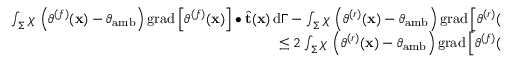
\begin{array} { r } { \int _ { \Sigma } \chi \, \left( \vartheta ^ { ( f ) } ( \mathbf { x } ) - \vartheta _ { \mathrm { a m b } } \right) \mathrm { g r a d } \left[ \vartheta ^ { ( f ) } ( \mathbf { x } ) \right] \bullet \widehat { \mathbf { t } } ( \mathbf { x } ) \, \mathrm { d } \Gamma - \int _ { \Sigma } \chi \, \left( \vartheta ^ { ( r ) } ( \mathbf { x } ) - \vartheta _ { \mathrm { a m b } } \right) \mathrm { g r a d } \left[ \vartheta ^ { ( r ) } ( \mathbf { x } ) \right] \bullet \widehat { \mathbf { t } } ( \mathbf { x } ) \, \mathrm { d } \Gamma } \\ { \qquad \leq 2 \int _ { \Sigma } \chi \, \left( \vartheta ^ { ( r ) } ( \mathbf { x } ) - \vartheta _ { \mathrm { a m b } } \right) \mathrm { g r a d } \left[ \vartheta ^ { ( f ) } ( \mathbf { x } ) \right] \bullet \widehat { \mathbf { t } } ( \mathbf { x } ) \, \mathrm { d } \Gamma } \end{array}